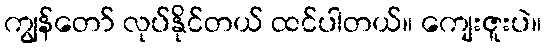
ကျွန်တော် လုပ်နိုင်တယ် ထင်ပါတယ်။ ကျေးဇူးပဲ။